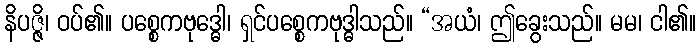
နိပဇ္ဇိ၊ ဝပ်၏။ ပစ္စေကဗုဒ္ဓေါ၊ ရှင်ပစ္စေကဗုဒ္ဓါသည်။ “အယံ၊ ဤခွေးသည်။ မမ၊ ငါ၏။